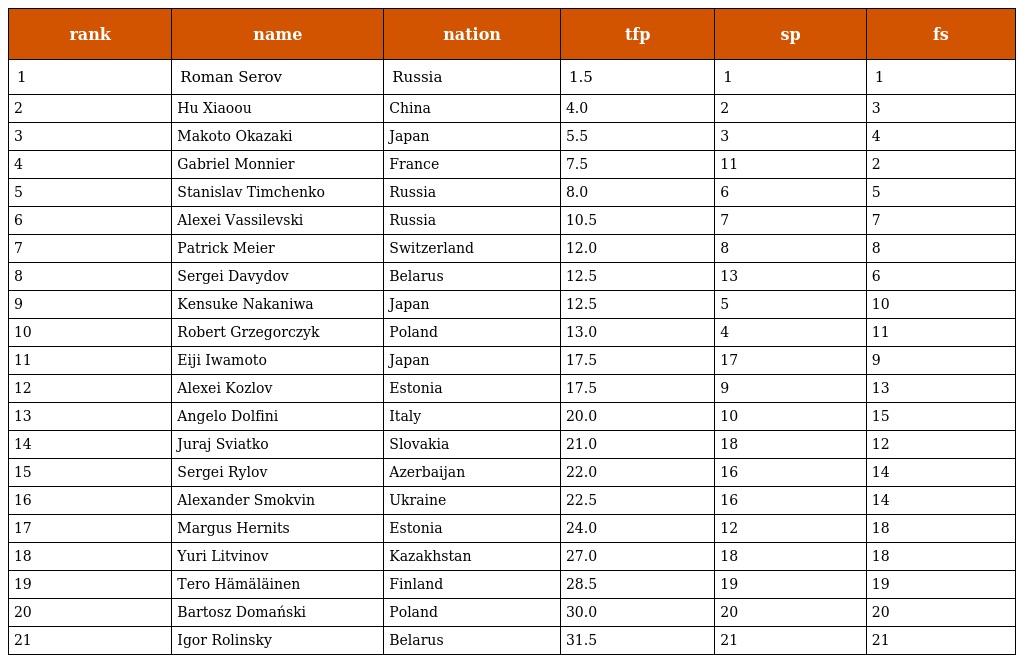
| rank | name | nation | tfp | sp | fs |
 | --- | --- | --- | --- | --- | --- |
 | 1 | Roman Serov | Russia | 1.5 | 1 | 1 |
 | 2 | Hu Xiaoou | China | 4.0 | 2 | 3 |
 | 3 | Makoto Okazaki | Japan | 5.5 | 3 | 4 |
 | 4 | Gabriel Monnier | France | 7.5 | 11 | 2 |
 | 5 | Stanislav Timchenko | Russia | 8.0 | 6 | 5 |
 | 6 | Alexei Vassilevski | Russia | 10.5 | 7 | 7 |
 | 7 | Patrick Meier | Switzerland | 12.0 | 8 | 8 |
 | 8 | Sergei Davydov | Belarus | 12.5 | 13 | 6 |
 | 9 | Kensuke Nakaniwa | Japan | 12.5 | 5 | 10 |
 | 10 | Robert Grzegorczyk | Poland | 13.0 | 4 | 11 |
 | 11 | Eiji Iwamoto | Japan | 17.5 | 17 | 9 |
 | 12 | Alexei Kozlov | Estonia | 17.5 | 9 | 13 |
 | 13 | Angelo Dolfini | Italy | 20.0 | 10 | 15 |
 | 14 | Juraj Sviatko | Slovakia | 21.0 | 18 | 12 |
 | 15 | Sergei Rylov | Azerbaijan | 22.0 | 16 | 14 |
 | 16 | Alexander Smokvin | Ukraine | 22.5 | 16 | 14 |
 | 17 | Margus Hernits | Estonia | 24.0 | 12 | 18 |
 | 18 | Yuri Litvinov | Kazakhstan | 27.0 | 18 | 18 |
 | 19 | Tero Hämäläinen | Finland | 28.5 | 19 | 19 |
 | 20 | Bartosz Domański | Poland | 30.0 | 20 | 20 |
 | 21 | Igor Rolinsky | Belarus | 31.5 | 21 | 21 |